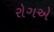
રોગએ